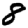
Digit: 8